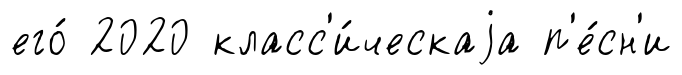
его́ 2020 класс'и́ческаjа п'е́сн'и